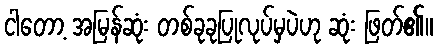
ငါတော့ အမြန်ဆုံး တစ်ခုခုပြုလုပ်မှပဲဟု ဆုံး ဖြတ်၏။